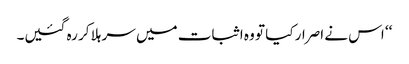
‘‘ اس نے اصرار کیا تو وہ اثبات میں سر ہلا کر رہ گئیں۔